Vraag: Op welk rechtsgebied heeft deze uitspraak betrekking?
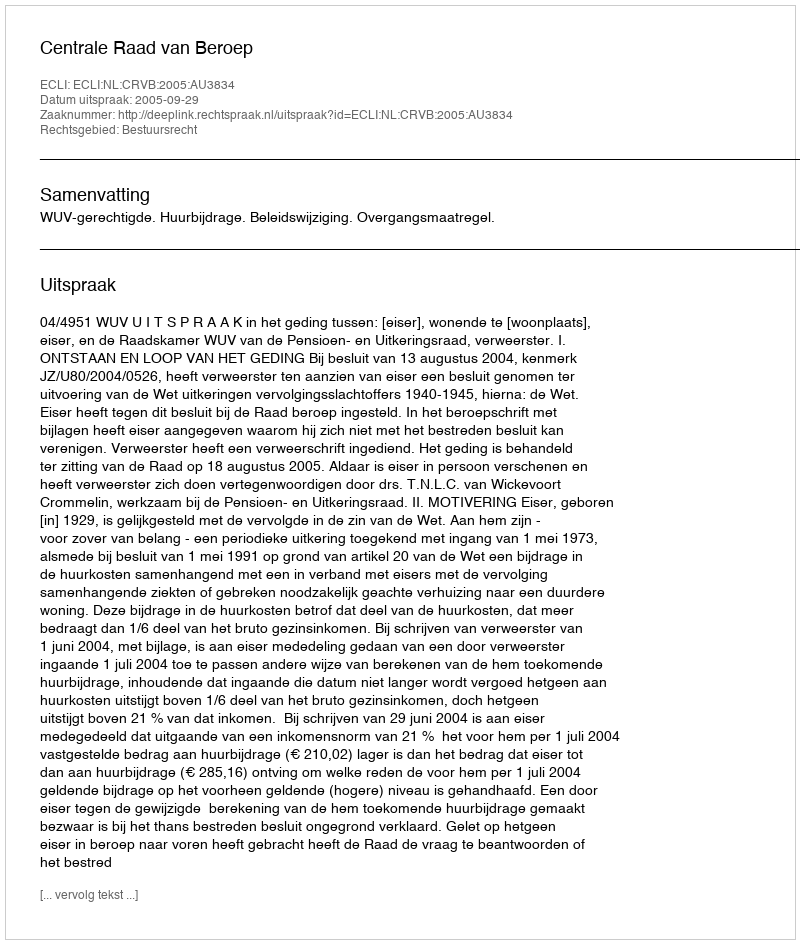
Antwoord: Bestuursrecht